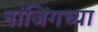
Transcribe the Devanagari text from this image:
नांजिंगच्या